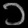
Digit: ၁